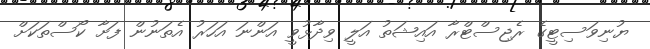
ޔުނިވަސިޓީގެ ރެޖިސްޓްރާ އައިޝަތު އަލީ ވިދާޅުވީ އަންނަ އަހަރު އެތަނުން ފަށާ ކޯސްތަކަށް